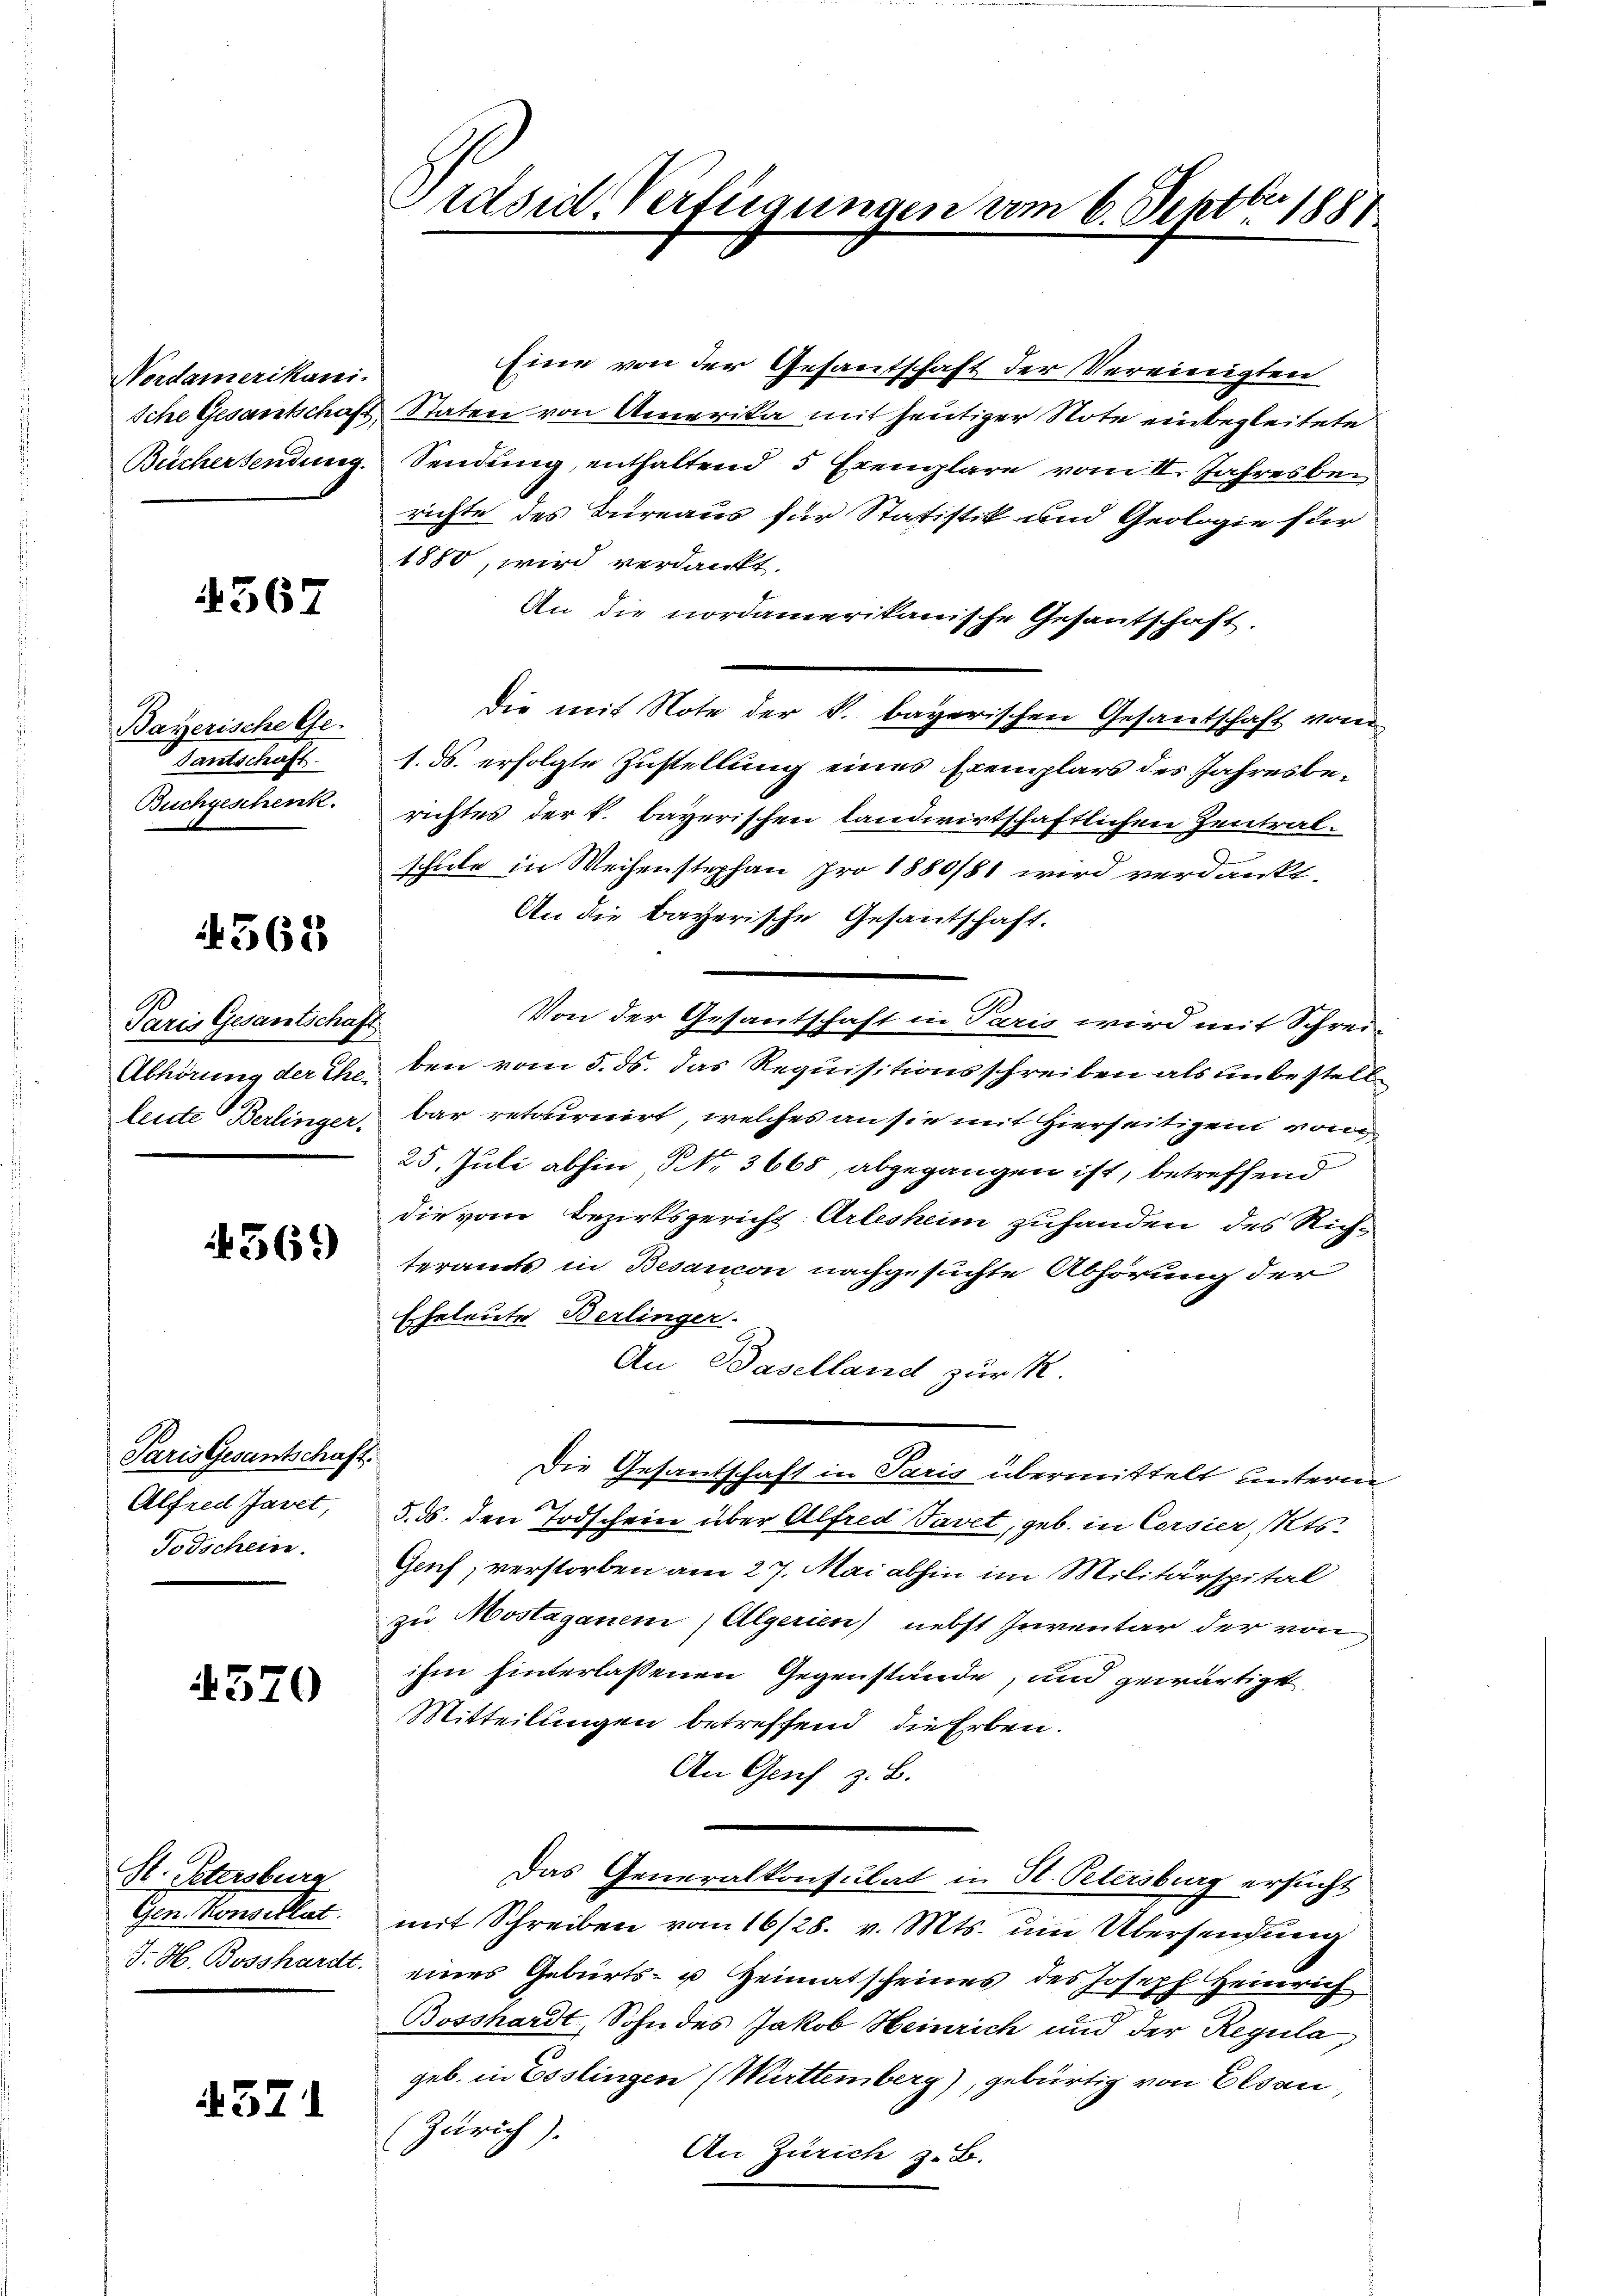
Nordamerikani-
Iche Gesantschaft,
Beichersendung

4367

Bayerische Ge-
Santschaft
Buchgeschenk.

4362

Paris Gesantschaft
Abhörung der Ehe-
leute Berlinger.

4369

Paris Gesantschaft.
Alfred Javet,
Todschein.

370

H. Petersburg
Gen. Konsellat
J. H. Bosshardt.

4371

räsid. Verfügungen vom 6. Septbr. 1881

Eine von der Gesantschaft der Vereinigten
Staten von Amerika mit heutiger Note einbegleitete
Sendung, enthaltend 3 Exemplare vom II. Jahresberichte des Bureaus für Statistik und Geologie fer
1880, wird verdankt.
An die nordamerikanische Gesantschaft.
die mit Note der k. bayerischen Gesandschaft vom
1. ds. erfolgte Zustellung eines Exemplars des Jahresberichtes der k. bayerischen landwirtschaftlichen Zentral¬
2
schule in Weihenstephan pro 1880/81 wird verdankt.
An die bayerische Gesantschaft.
Von der Gesantschaft in Paris wird mit Schrei-
ben vom 5. ds. das Requisitionsschreiben als unbestellbar retairiirt, welches an sie mit Hierseitigen von
25. Juli abhin Nr. 3668, abgegangen ist, betreffend
die vom Bezirksgericht Arlesheim zuhanden des Richteramts in Besancon nachgesuchte Abhörung der
Eheleute Berlinger.
An Baselland zur R.
Die Gesantschaft in Paris übermittelt unterm
5. d. den Todschein über Alfred Tavet, geb. in Corsier, Kts.
Genf, verstorben am 27. Mai abhin im Militärspital
zu Mostaganen, Algerien) nebst Inventar der von
ihm hinterlassenen Gegenstände, und gewärtigt
Mitteilungen betreffend die Erben.
An Genf z. B.
Das Generalkonsulat in St. Petersburg ersucht
mit Schreiben vom 16/28. v. Mts. um Übersendung
eines Geburts- u Heimatscheines des Joseph Heinrich
Bosshardt, Sohn des Jakob Heinrich und der Regula,
geb. in Esslingen (Württemberg), gebürtig von Elsau
Zürich). An Zürich z. B.